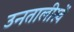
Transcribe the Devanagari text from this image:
उनतालीस्वें